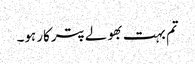
تم بہت بھولے پترکار ہو۔